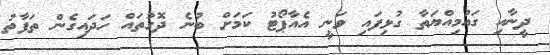
ދީނާއި ގައުމިއްޔަތާ ގުޅިފައި ވަނީ އެއާޕޯޓު ކަމަށް ބުނެ ދޮގުތައް ހަދައިގެން ތަފާތު